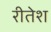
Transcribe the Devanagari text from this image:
रीतेश